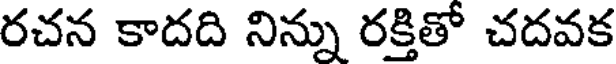
రచన కాదది నిన్ను రక్తితో చదవక